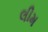
લીમ